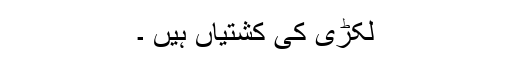
لکڑی کی کشتیاں ہیں ۔